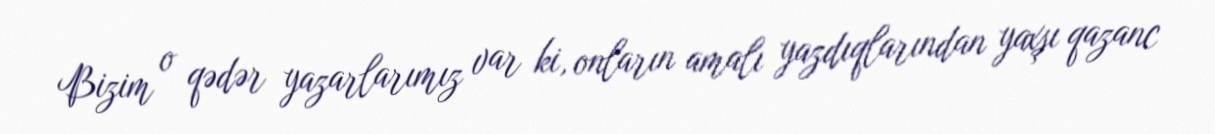
Bizim o qədər yazarlarımız var ki, onların amalı yazdıqlarından yaxşı qazanc